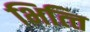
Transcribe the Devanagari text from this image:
भित्‍ति